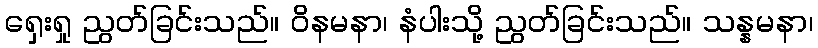
ရှေးရှု ညွတ်ခြင်းသည်။ ဝိနမနာ၊ နံပါးသို့ ညွတ်ခြင်းသည်။ သန္နမနာ၊